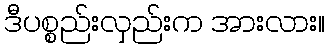
ဒီပစ္စည်းလှည်းက အားလား။